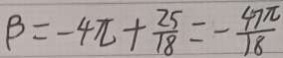
\beta = - 4 \pi + \frac { 2 5 } { 1 8 } = - \frac { 4 7 \pi } { 1 8 }